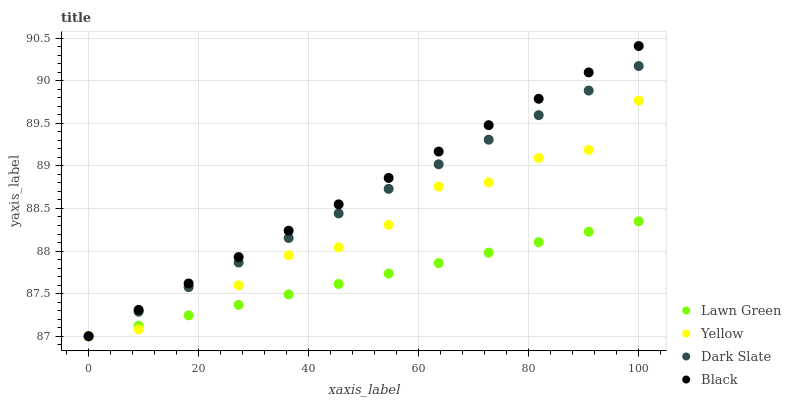
| xaxis_label | Lawn Green | Yellow | Dark Slate | Black |
 | --- | --- | --- | --- | --- |
 | 0 | 87 | 87 | 87 | 87 |
 | 9.09 | 87.1 | 87.1 | 87.3 | 87.3 |
 | 18.2 | 87.2 | 87.6 | 87.6 | 87.6 |
 | 27.3 | 87.4 | 87.6 | 87.9 | 87.9 |
 | 36.4 | 87.5 | 88 | 88.2 | 88.2 |
 | 45.5 | 87.6 | 88 | 88.4 | 88.5 |
 | 54.5 | 87.7 | 88.3 | 88.7 | 88.9 |
 | 63.6 | 87.9 | 88.8 | 89 | 89.2 |
 | 72.7 | 88 | 88.8 | 89.3 | 89.5 |
 | 81.8 | 88.1 | 89.1 | 89.6 | 89.8 |
 | 90.9 | 88.2 | 89.2 | 89.9 | 90.1 |
 | 100 | 88.3 | 89.8 | 90.2 | 90.4 |